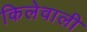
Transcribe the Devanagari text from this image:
किलेवाली